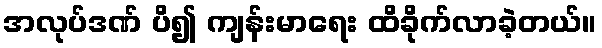
အလုပ်ဒဏ် ပိ၍ ကျန်းမာရေး ထိခိုက်လာခဲ့တယ်။